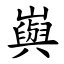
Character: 㠘